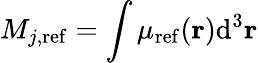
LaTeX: M_{j,\mathrm{ref}}=\int{\mu_{\mathrm{ref}}(\mathbf{r})}\mathrm{d}^{3}\mathbf{r}